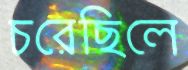
চরেছিলে